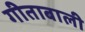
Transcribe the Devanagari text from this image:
गीताबाली